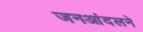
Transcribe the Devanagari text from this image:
जनआंदलने